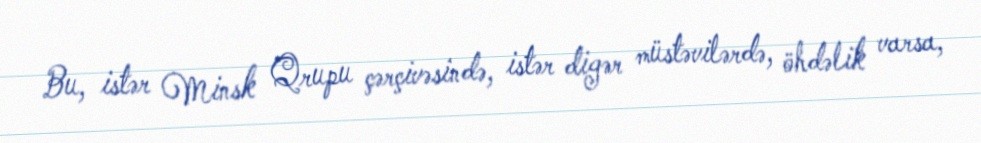
Bu, istər Minsk Qrupu çərçivəsində, istər digər müstəvilərdə, öhdəlik varsa,